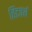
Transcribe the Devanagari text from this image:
हिटवर्थ